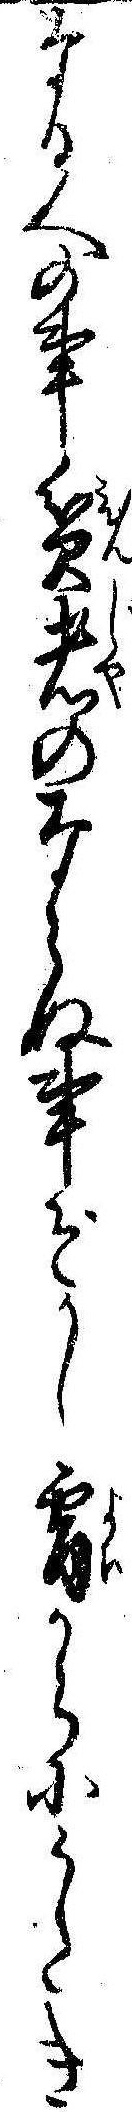
なる人の事貧者のならぬ事ぞかし宵から小うたき